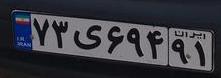
۷۳ی۶۹۴۹۱